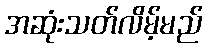
အဆုံးသတ်လိမ့်မည်